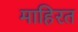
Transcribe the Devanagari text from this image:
माहिरत